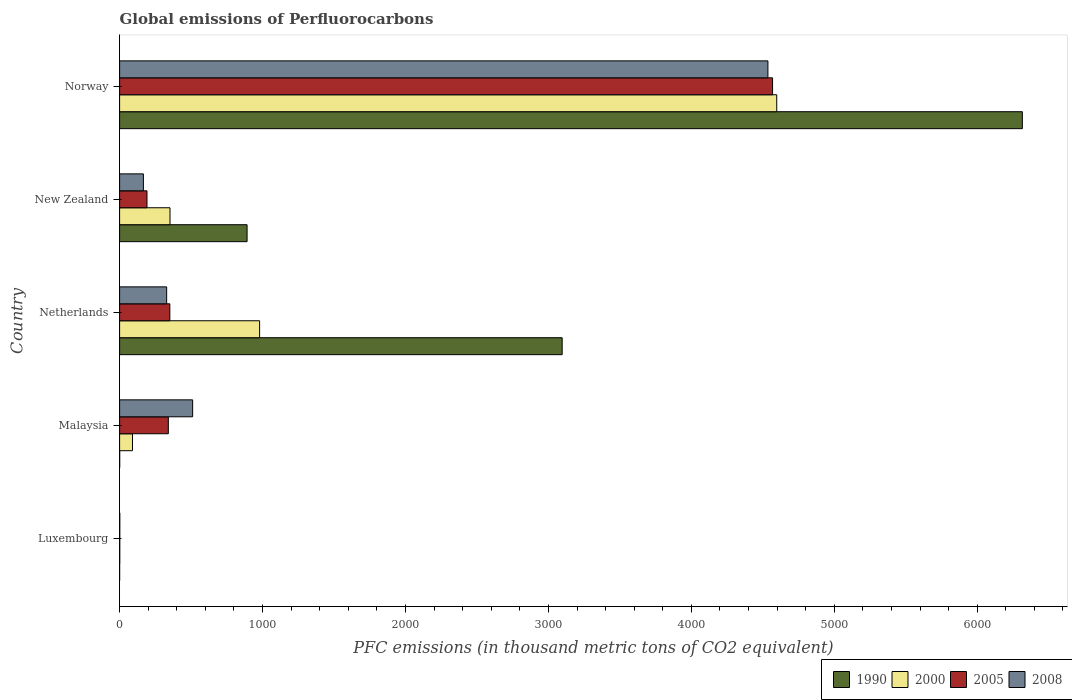
| Country | 1990 | 2000 | 2005 | 2008 |
 | --- | --- | --- | --- | --- |
 | Luxembourg | 0.1 | 1 | 1.1 | 1.2 |
 | Malaysia | 0.6 | 90.1 | 341 | 511 |
 | Netherlands | 3.1e+03 | 980 | 351 | 329 |
 | New Zealand | 892 | 353 | 192 | 166 |
 | Norway | 6.32e+03 | 4.6e+03 | 4.57e+03 | 4.54e+03 |